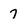
Character: 7